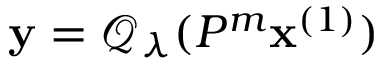
\mathbf { y } = \mathcal { Q } _ { \lambda } ( P ^ { m } \mathbf { x } ^ { ( 1 ) } )